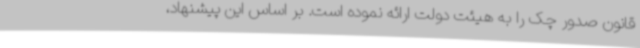
قانون صدور چک را به هیئت دولت ارائه نموده است. بر اساس این پیشنهاد،